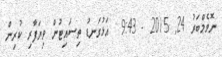
ނޮވެމްބަރު 24